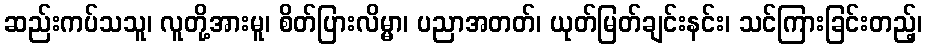
ဆည်းကပ်သသူ၊ လူတို့အားမူ၊ စိတ်ပြားလိမ္မာ၊ ပညာအတတ်၊ ယုတ်မြတ်ချင်းနင်း၊ သင်ကြားခြင်းတည့်၊